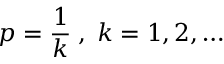
\displaystyle p = \frac { 1 } { k } \; , \; k = 1 , 2 , \ldots